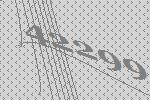
42299